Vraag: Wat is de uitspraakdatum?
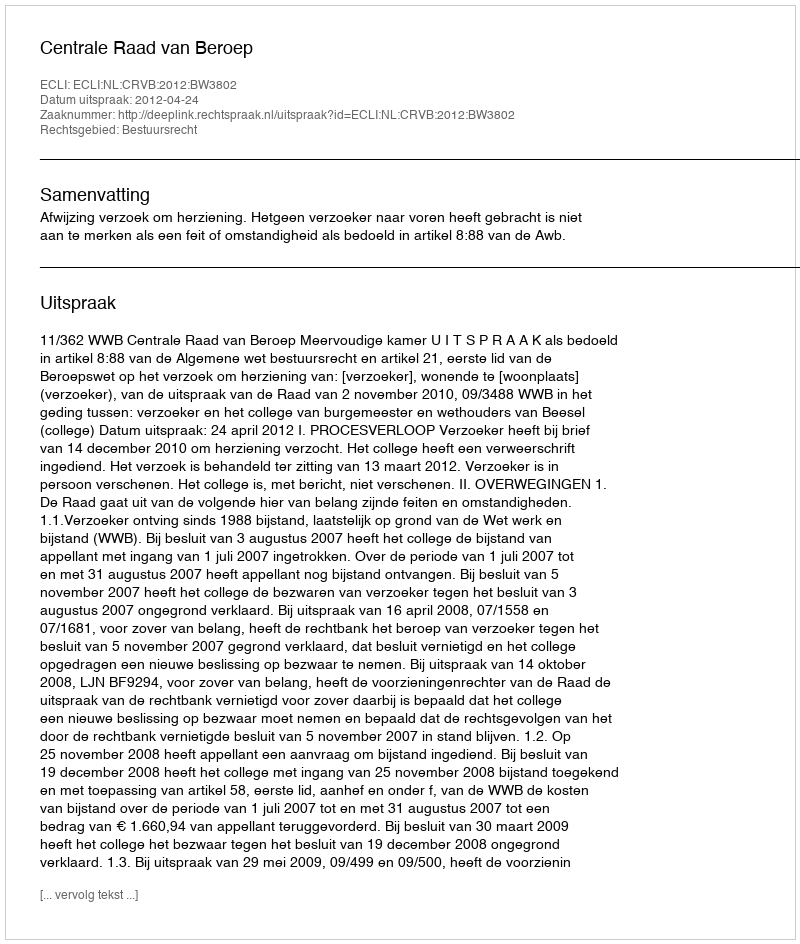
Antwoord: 2012-04-24